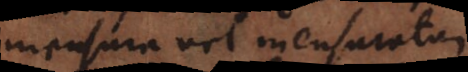
mensura vel mensuratum